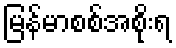
မြန်မာစစ်အစိုးရ